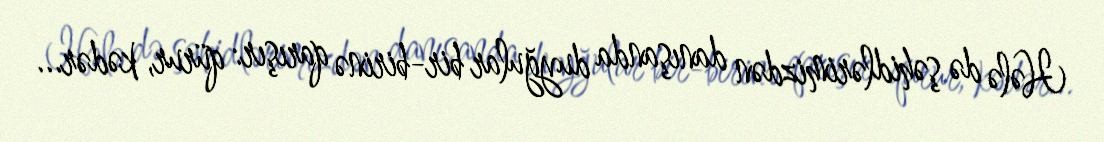
Hələ də şəhidlərimizdən danışanda duyğular bir-birinə qarışır: qürur, kədər...